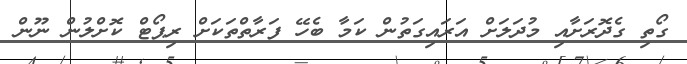
ގޯތި ގެދޮރަށާއި މުދަލަށް އަރައިގަތުން ކަމާ ބެހޭ ފަރާތްތަކަށް ރިޕޯޓް ކޮށްލުން ނޫން